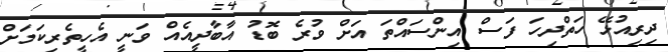
ދިރިއުޅޭ ހަތްދިހަ ފަސް އިންސައްތަ އަށް ވުރެ ބޮޑު އާބާދީއެއް ވަނީ އެހީތެރިކަމަށް